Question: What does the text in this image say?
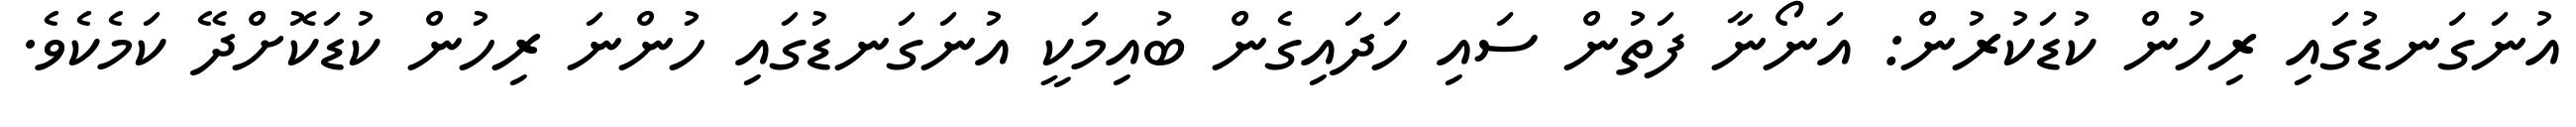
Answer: އުނަގަނޑުގައި ރިހުން ކުޑަކުރުން: އަނޯނާ ފަތުން ސައި ހަދައިގެން ބުއިމަކީ އުނަގަނޑުގައި ހުންނަ ރިހުން ކުޑަކޮށްދޭ ކަމެކެވެ.